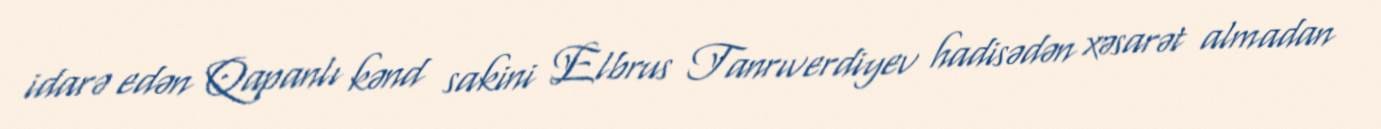
idarə edən Qapanlı kənd sakini Elbrus Tanrıverdiyev hadisədən xəsarət almadan